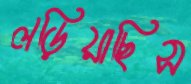
লড়িয়াছিস